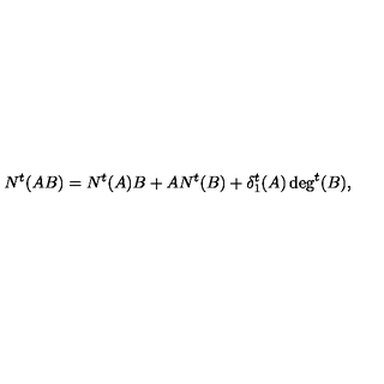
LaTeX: N ^ { t } ( A B ) = N ^ { t } ( A ) B + A N ^ { t } ( B ) + \delta _ { 1 } ^ { t } ( A ) \deg ^ { t } ( B ) ,